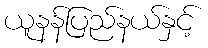
ယူနန်ပြည်နယ်နှင့်